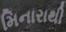
મિનારાથી